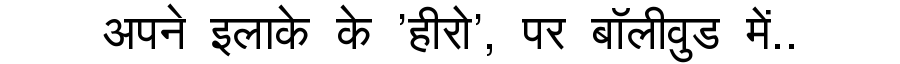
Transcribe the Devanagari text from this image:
अपने इलाके के 'हीरो', पर बॉलीवुड में..